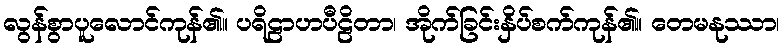
လွန်စွာပူလောင်ကုန်၏။ ပရိဠာဟပီဠိတာ၊ အိုက်ခြင်းနှိပ်စက်ကုန်၏။ တေမနုဿာ၊